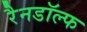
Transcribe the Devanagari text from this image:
रैनडॉल्फ